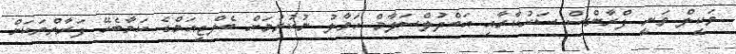
ވަކީލް ވަނީ ފްރާންސް ސަރުކާރާއި އަބްދުލްސަލާމް ހަވާލު ނުކުރުމަށް ބެލްޖިއަމްގެ ކަމާބެހޭ ފަރާތްތަކަށް